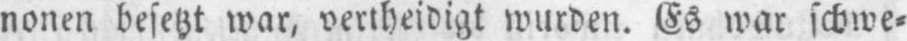
nonen besetzt war, vertheidigt wurden. Es war schwe⸗